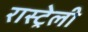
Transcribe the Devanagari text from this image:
रास्ट्रेली